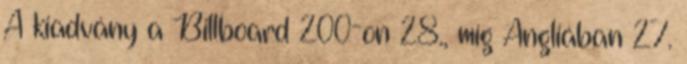
A kiadvány a Billboard 200-on 28., míg Angliában 27.